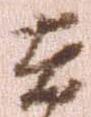
在